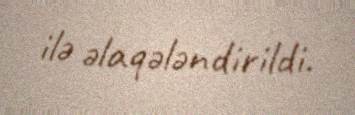
ilə əlaqələndirildi.